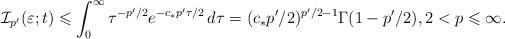
LaTeX: \begin{align*}\mathcal{I}_{p'}(\varepsilon ;t)\leqslant\int _0^\infty \tau^{-p'/2}e^{-c_{*}p'\tau /2}\,d\tau =(c_* p'/2)^{p'/2-1} \Gamma (1-p'/2),2<p\leqslant \infty.\end{align*}